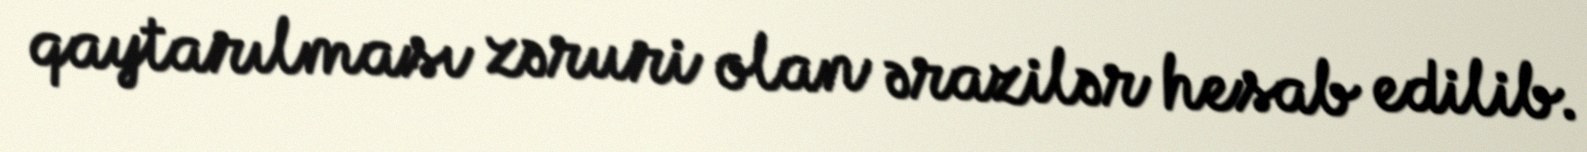
qaytarılması zəruri olan ərazilər hesab edilib.